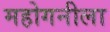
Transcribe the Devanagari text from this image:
महोगनीला